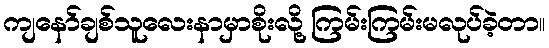
ကျနော်ချစ်သူလေးနာမှာစိုးလို့ ကြမ်းကြမ်းမလုပ်ခဲ့တာ။